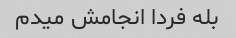
بله فردا انجامش میدم